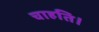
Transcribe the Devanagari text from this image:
चाहति।